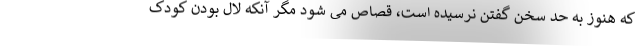
که هنوز به حد سخن گفتن نرسیده است، قصاص می شود مگر آنکه لال بودن کودک